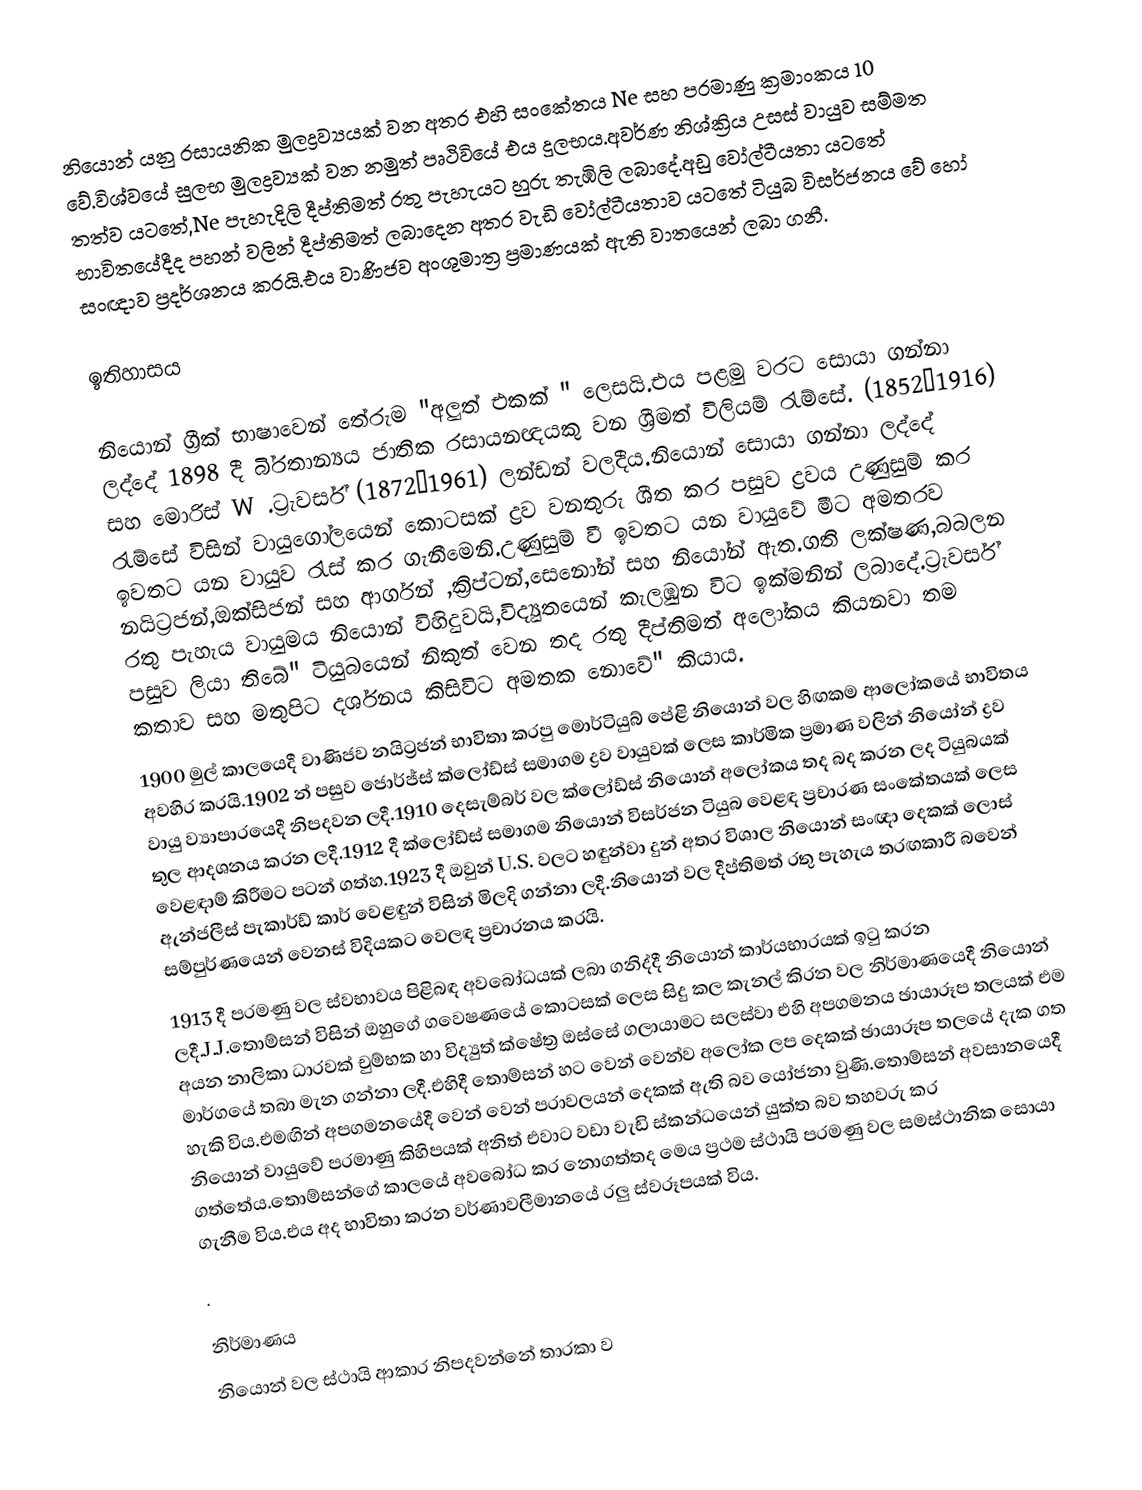
නියොන් යනු රසායනික මුලද්‍රව්‍යයක් වන අතර එහි සංකේතය Ne සහ පරමාණු ක්‍රමාංකය 10 වේ.විශ්වයේ සුලභ මුලද්‍රව්‍යක් වන නමුත් පෘථිවියේ එය දුලභය.අවර්ණ නිශ්ක්‍රිය උසස් වායුව සම්මත තත්ව යටතේ,Ne පැහැදිලි දීප්තිමත් රතු පැහැයට හුරු තැඹිලි ලබාදේ.අඩු වෝල්ටීයතා යටතේ භාවිතයේදීද පහන් වලින් දීප්තිමත් ලබාදෙන අතර වැඩි වෝල්ටීයතාව යටතේ ටියුබ විසර්ජනය වේ හෝ සංඥාව ප්‍රදර්ශනය කරයි.එය වාණිජව අංශුමාත්‍ර ප්‍රමාණයක් ඇති වාතයෙන් ලබා ගනී.

ඉතිහාසය

නියොන් ග්‍රීක් භාෂාවෙන් තේරුම "අලුත් එකක් " ලෙසයි.එය පළමු වරට සොයා ගන්නා ලද්දේ 1898 දී බි‍්‍රතාන්‍යය ජාතික රසායනඥයකු වන ශ්‍රීමත් විලියම් රැම්සේ. (1852–1916) සහ මොරිස් W .ට්‍රැවර්ස් (1872–1961) ලන්ඩන් වලදීය.නියොන් සොයා ගන්නා ලද්දේ රැම්සේ විසින් වායුගෝලයෙන් කොටසක් ද්‍රව වනතුරු ශීත කර පසුව ද්‍රවය උණුසුම් කර ඉවතට යන වායුව රැස් කර ගැනීමෙනි.උණුසුම් වී ඉවතට යන වායුවේ මීට අමතරව නයිට්‍රජන්,ඔක්සිජන් සහ ආර්ගන් ,ක්‍රිප්ටන්,සෙනෝන් සහ නියෝන් ඇත.ගති ලක්ෂණ,බබලන රතු පැහැය වායුමය නියොන් විහිදුවයි,විද්‍යුතයෙන් කැලඹුන විට ඉක්මනින් ලබාදේ.ට්‍රැවර්ස් පසුව ලියා තිබේ" ටියුබයෙන් නිකුත් වෙන තද රතු දීප්තිමත් අලෝකය කියනවා තම කතාව සහ මතුපිට දර්ශනය කිසිවිට අමතක නොවේ" කියාය.
1900 මුල් කාලයෙදී වාණිජව නයිට්‍රජන් භාවිතා කරපු මොර්ටියුබ් පේළි නියොන් වල හිඟකම ආලෝකයේ භාවිතය අවහිර කරයි.1902 න් පසුව ජොර්ජ්ස් ක්ලෝඩ්ස් සමාගම ද්‍රව වායුවක් ලෙස කාර්මික ප්‍රමාණ වලින් නියෝන් ද්‍රව වායු ව්‍යාපාරයෙදී නිපදවන ලදී.1910 දෙසැම්බර් වල ක්ලෝඩ්ස් නියොන් අලෝකය තද බද කරන ලද ටියුබයක් තුල ආදශනය කරන ලදී.1912 දී ක්ලෝඩ්ස් සමාගම නියොන් විසර්ජන ටියුබ වෙළඳ ප්‍රචාරණ සංකේතයක් ලෙස වෙළඳාම් කිරීමට පටන් ගත්හ.1923 දී ඔවුන් U.S. වලට හඳුන්වා දුන් අතර විශාල නියොන් සංඥා දෙකක් ලොස් ඇන්ජලීස් පැකාර්ඩ් කාර් වෙළඳුන් විසින් මිලදි ගන්නා ලදී.නියොන් වල දීප්තිමත් රතු පැහැය තරඟකාරී බවෙන් සම්පුර්ණයෙන් වෙනස් විදියකට වෙලඳ ප්‍රචාරනය කරයි.
1913 දී පරමණු වල ස්වභාවය පිළිබඳ අවබෝධයක් ලබා ගනිද්දී නියොන් කාර්යභාරයක් ඉටු කරන ලදී.J.J.තොම්සන් විසින් ඔහුගේ ගවෙෂණයේ කොටසක් ලෙස සිදු කල කැනල් කිරන වල නිර්මාණයෙදී නියොන් අයන නාලිකා ධාරවක් චුම්භක හා විද්‍යුත් ක්ෂේත්‍ර ඔස්සේ ගලායාමට සලස්වා එහි අපගමනය ඡායාරූප තලයක් එම මාර්ගයේ තබා මැන ගන්නා ලදී.එහිදී තොම්සන් හට වෙන් වෙන්ව අලෝක ලප දෙකක් ඡායාරූප තලයේ දැක ගත හැකි විය.එමඟින් අපගමනයේදී වෙන් වෙන් පරාවලයන් දෙකක් ඇති බව යෝජනා වුණි.තොම්සන් අවසානයෙදී නියොන් වායුවේ පරමාණු කිහිපයක් අනිත් එවාට වඩා වැඩි ස්කන්ධයෙන් යුක්ත බව තහවරු කර ගත්තේය.තොම්සන්ගේ කාලයේ අවබෝධ කර නොගත්තද මෙය ප්‍රථම ස්ථායි පරමණු වල සමස්ථානික සොයා ගැනීම විය.එය අද භාවිතා කරන වර්ණාවලීමානයේ රලු ස්වරූපයක් විය.
.

නිර්මාණය
නියොන් වල ස්ථායි ආකාර නිපදවන්නේ තාරකා ව